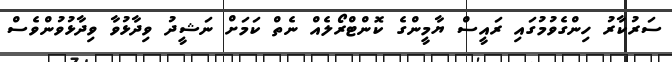
ސަރުކާރު ހިންގެވުމުގައި ރައީސް ޔާމީންގެ ކޮންޓްރޯލެއް ނެތް ކަމަށް ނަޝީދު ވިދާޅުވާ ވިދާޅުވުންވެސް